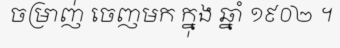
ចម្រាញ់ ចេញមក ក្នុង ឆ្នាំ ១៩០២ ។